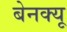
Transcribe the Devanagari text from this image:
बेनक्यू